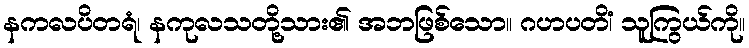
နကလပိတရံ၊ နကုလသတို့သား၏ အဘဖြစ်သော။ ဂဟပတိံ၊ သူကြွယ်ကို။